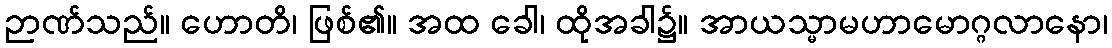
ဉာဏ်သည်။ ဟောတိ၊ ဖြစ်၏။ အထ ခေါ၊ ထိုအခါ၌။ အာယသ္မာမဟာမောဂ္ဂလာနော၊